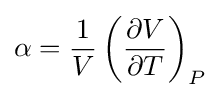
\alpha ={\frac {1}{V}}\left({\frac {\partial V}{\partial T}}\right)_{P}